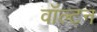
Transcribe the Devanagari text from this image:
वाॅल्टन